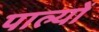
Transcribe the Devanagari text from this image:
पाल्यों